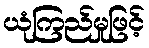
ယုံကြည်မှုဖြင့်